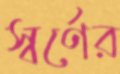
স্বর্ণের